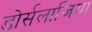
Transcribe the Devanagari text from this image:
डोर्सलाजिया